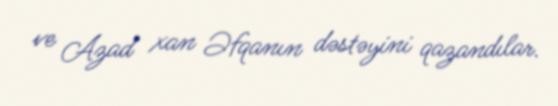
ve Azad xan Əfqanın dəstəyini qazandılar.